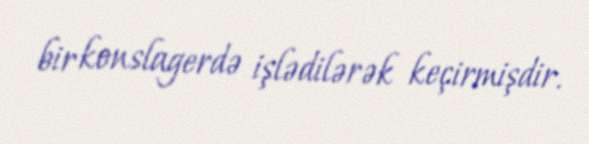
bir konslagerdə işlədilərək keçirmişdir.